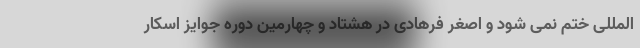
المللی ختم نمی شود و اصغر فرهادی در هشتاد و چهارمین دوره جوایز اسکار